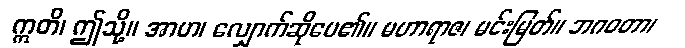
ဣတိ၊ ဤသို့။ အာဟ၊ လျှောက်ဆိုပေ၏။ မဟာရာဇ၊ မင်းမြတ်။ ဘဂဝတာ၊